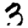
Digit: 3